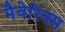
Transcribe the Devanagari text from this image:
मैवेरिक्स